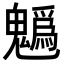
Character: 𩴞